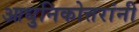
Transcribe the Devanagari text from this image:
आधुनिकोत्तरांनी